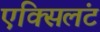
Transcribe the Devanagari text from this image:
एक्सिलंट